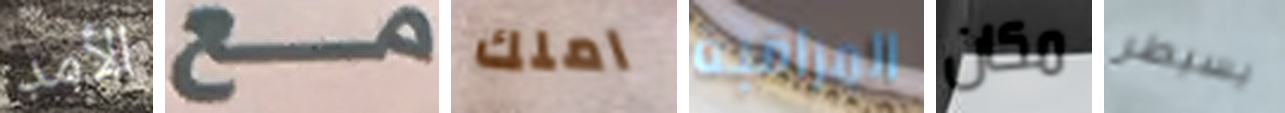
الأمد مع املك المراقبة مكان يسيطر